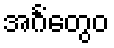
အင်္ဂံတွေဝ